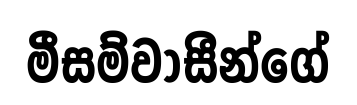
මීසම්වාසීන්ගේ